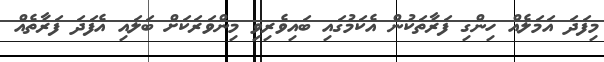
މިފަދަ އަމަލެއް ހިންގި ފަރާތަކުން އެކަމުގައި ބައިވެރިވި މިންވަރަކަށް ބަލައި އެފަދަ ފަރާތެއް